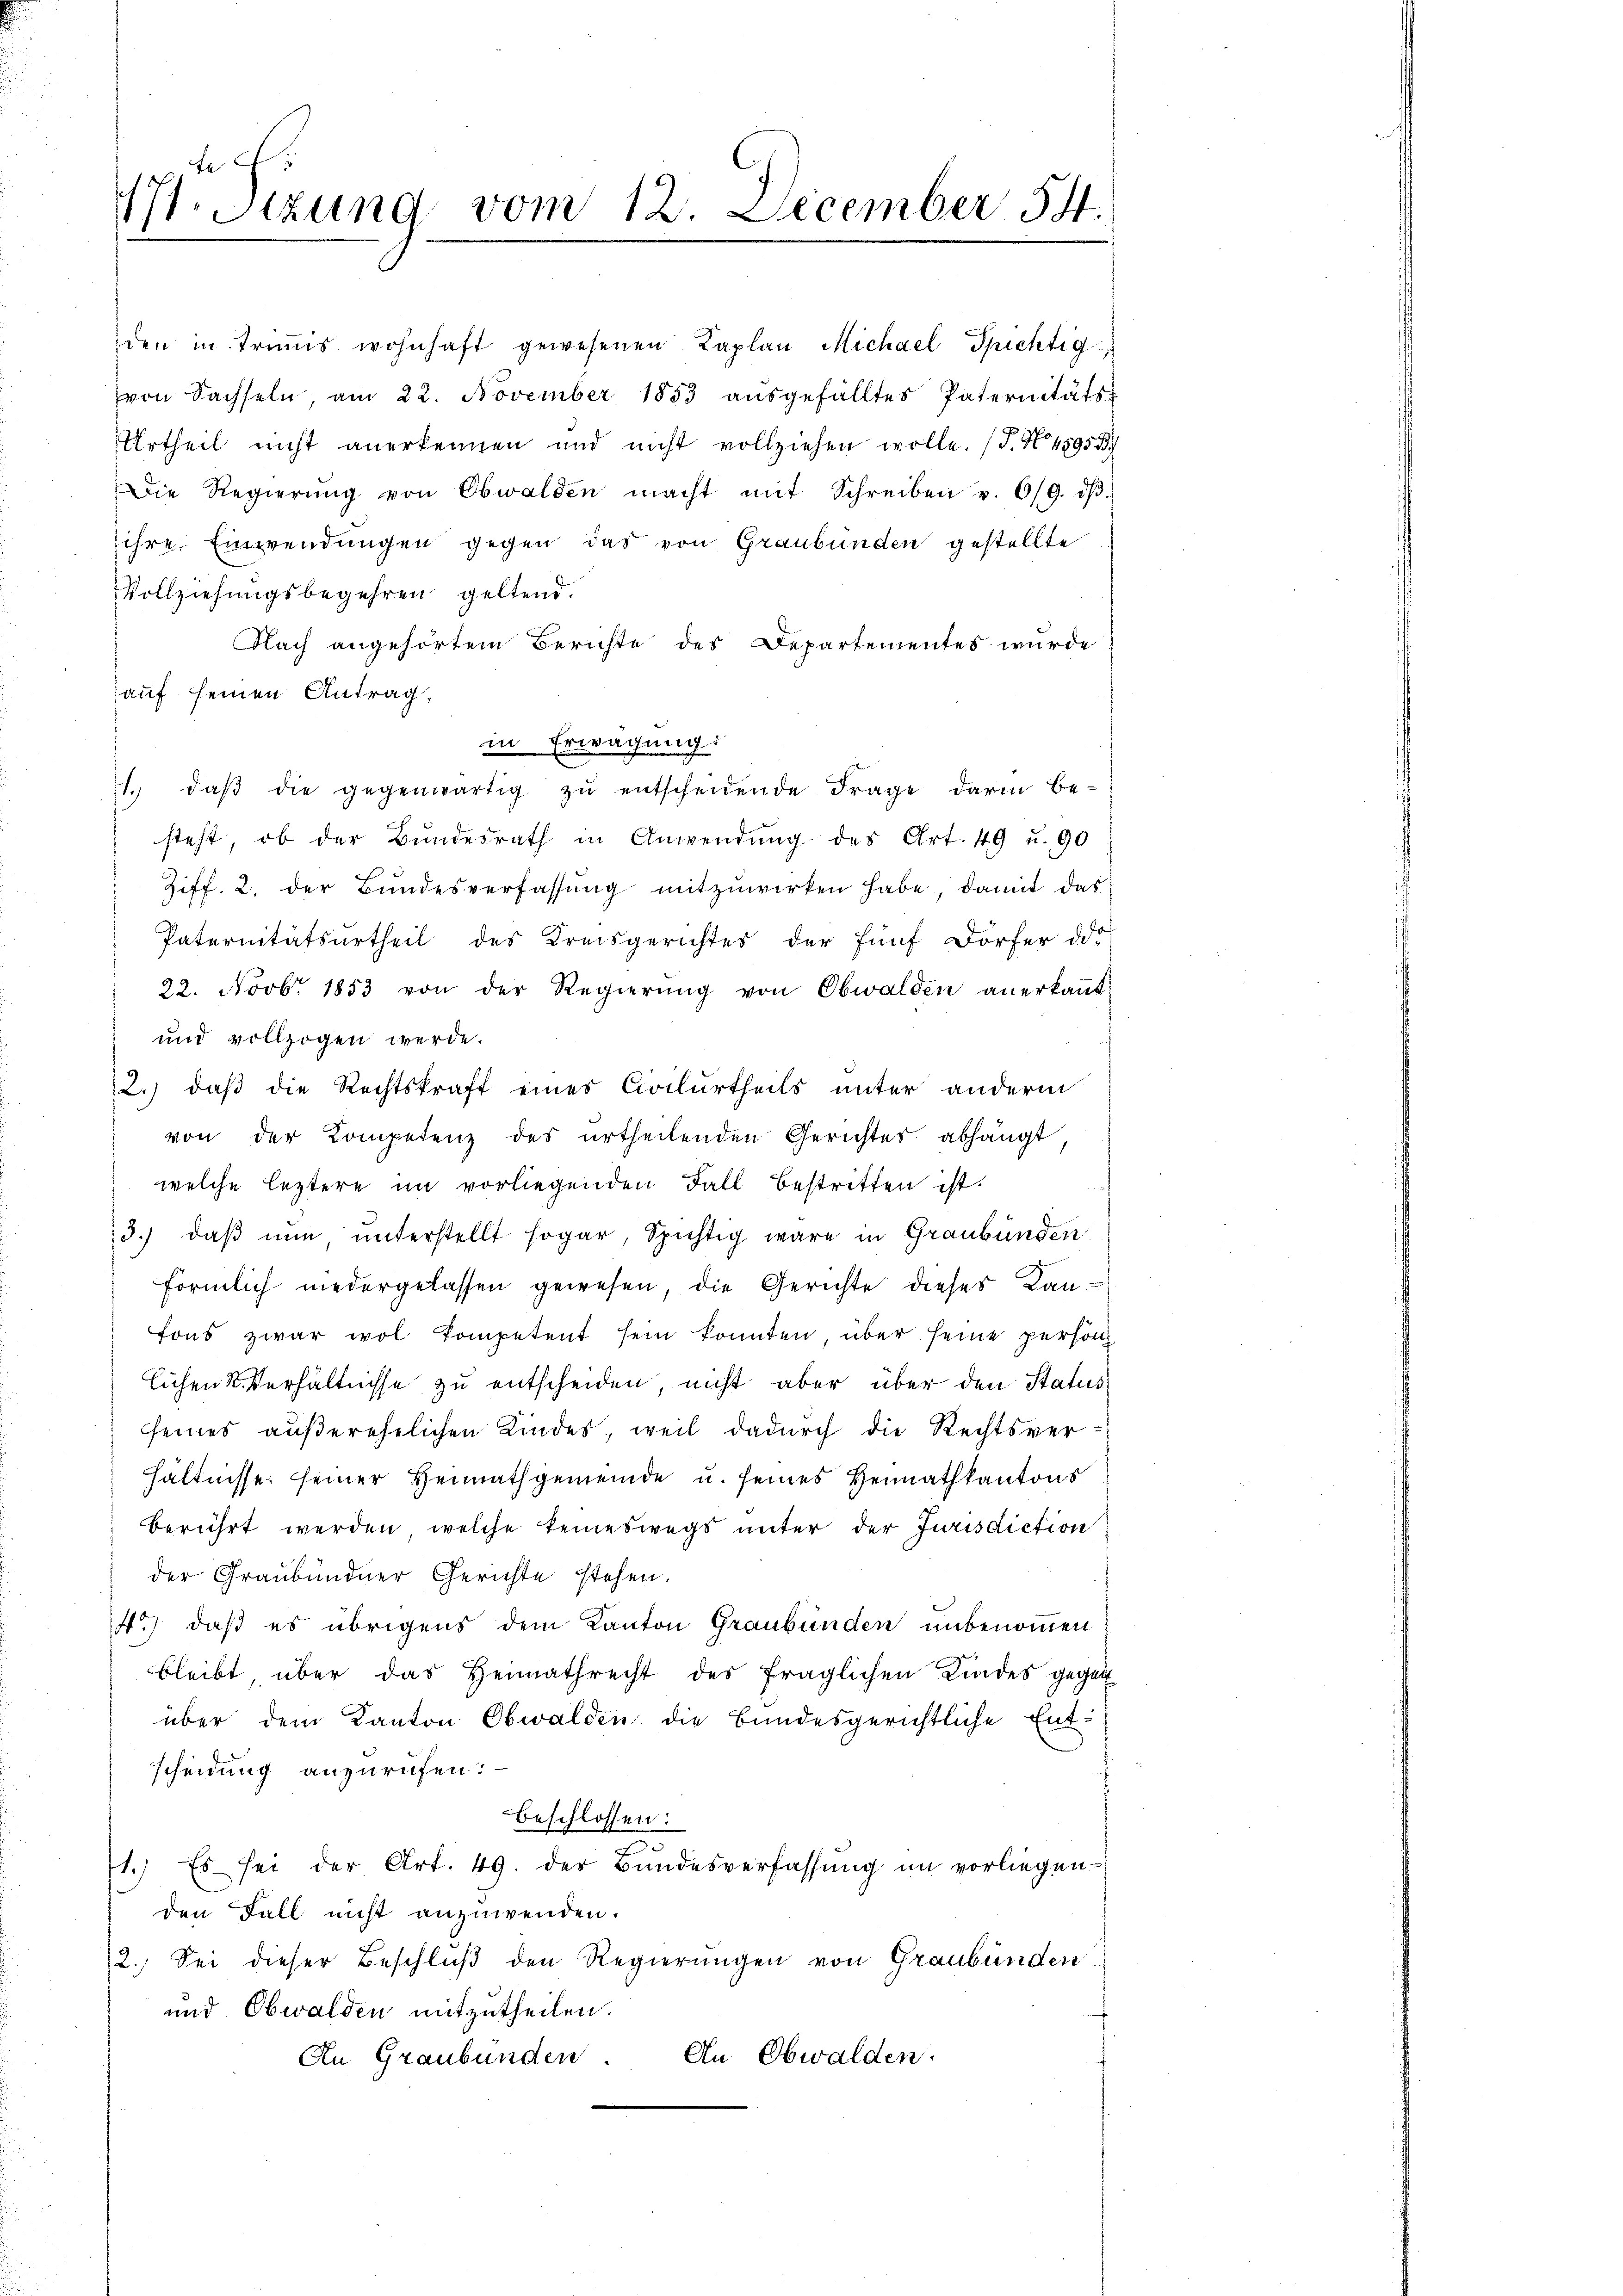
auf seinen Antrag,
in Erwägung
1. daβ die gegenwärtig zŭ entscheidende Frage darin be-
steht, ob der Bundesrath in Anwendung des Art. 49 u. 90
Ziff. 2. der Bundesverfassung mitzuwirken habe, damit das
Paternitätsurtheil des Kreisgerichtes der fünf Dörfer das
22. Novbr 1853 von der Regierŭng von Obwalden anerkaṅt:
und vollzogen werde.
2.) daß die Rechtskraft eines Civilurtheils unter anderm
von der Kompetenz des urtheilenden Gerichtes abhängt
welche leztere im vorliegenden Fall bestritten ist.
3.) daß nun unterstellt sogar, Spichtig wäre in Graubünden
förmlich niedergelassen gewesen, die Gerichte dieses Kantons zwar wol kompetent sein konnten, über seine person
lichen St. Verhältnisse zu entscheiden, nicht aber über den Status
seines außerehelichen Kindes, weil dadurch die Rechtsver-
hältnisse seiner Heimathgemeinde u. seines Heimathkantons
berührt werden, welche keineswegs unter der Jurisdiction
der Graubündner Gerichte stehen.
4.) daß es übrigens dem Kanton Graubünden unbenommen
bleibt über das Heimathrecht des fraglichen Kindes gegen
über dem Kanton Obwalden, die Bundesgerichtliche Entscheidung anzurufen.
beschlossen:
1.) Es sei der Art. 49. der Bundesverfassung im vorliegen-
den Fall nicht anzuwenden.
12. Sei dieser Beschluß den Regierungen von Graubünden
und Obwalden mitzutheilen.
An Obwalden.
An Graubünden

77. Sitzung vom 12. December 54.

den in triṁis wohnhaft gewesenen Kaplan Michael Spichtig
von Sachseln, am 22. November 1853 aŭsgefälltes Paternitäts-
Urtheil nicht anerkennen und nicht vollziehen wolle. (T. N. 4595 B
Die Regierŭng von Obwalden macht mit Schreiben u. 6/9. dβ.
ihre Einwendungen gegen das von Graubünden gestellte
Vollziehungsbegehren geltend.
Nach angehörtem Berichte des Departementes wurde